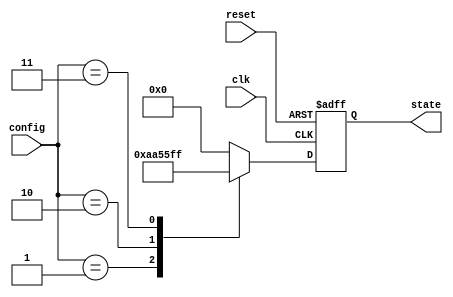
module ConfigurableInit #(
    parameter WIDTH = 8,            // Width of input signals
    parameter NUM_CONDITIONS = 4    // Number of initial conditions
)(
    input wire clk,                 // Clock signal
    input wire reset,               // Reset signal
    input wire [WIDTH-1:0] config,  // Configuration input
    output reg [WIDTH-1:0] state    // State output
);

// Internal state variable
reg [WIDTH-1:0] internal_state;

// Initialization logic based on configuration input
always @(*) begin
    case (config)
        8'b00000001: internal_state = 8'hAA; // Condition 1
        8'b00000010: internal_state = 8'h55; // Condition 2
        8'b00000011: internal_state = 8'hFF; // Condition 3
        8'b00000100: internal_state = 8'h00; // Condition 4
        default: internal_state = 8'h00;      // Default condition
    endcase
end

// Reset mechanism and clock sensitivity
always @(posedge clk or posedge reset) begin
    if (reset) begin
        state <= 8'h00; // Default state on reset
    end else begin
        state <= internal_state; // Update state based on initialization logic
    end
end

endmodule